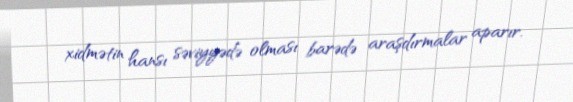
xidmətin hansı səviyyədə olması barədə araşdırmalar aparır.